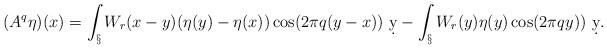
LaTeX: \begin{align*}(A^q\eta)(x) = \int_\S W_r(x-y)(\eta(y)-\eta(x))\cos(2\pi q(y-x))\ \d y - \int_\S W_r(y)\eta(y)\cos(2\pi q y))\ \d y.\end{align*}